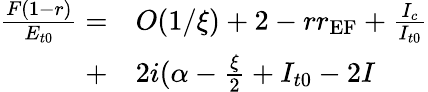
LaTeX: \begin{array}{rl}{\frac{F(1-r)}{E_{t0}}=}&{{}O(1/\xi)+2-rr_{\textrm{EF}}+\frac{I_{c}}{I_{t0}}}\\ {+}&{{}2i(\alpha-\frac{\xi}{2}+I_{t0}-2I}\end{array}